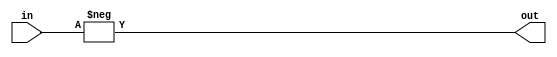
`timescale 1ns / 1ps
//================================================================
// abs //
//================================================================
module abs #(parameter WL = 4)
		(
			input signed [WL-1:0] in,			// in 	
			output reg signed [WL-1:0] out		// out
		);

always @ * begin
//	if (in[WL-1]==1'b1)				
		out <= -in;				
//	else									
//		out <= in;						
end

endmodule